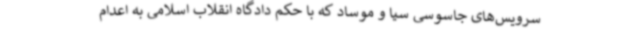
سرویس‌های جاسوسی سیا و موساد که با حکم دادگاه انقلاب اسلامی به اعدام